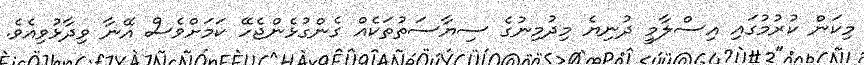
މިކަން ކުރުމުގައި އިސްލާމީ ދުނިޔެ މިދުމިނުގެ ސިޔާސަތުތަކެއް ގެންގުޅެންޖެހޭ ކަމަށްވެސް އޭނާ ވިދާޅުވިއެވެ.